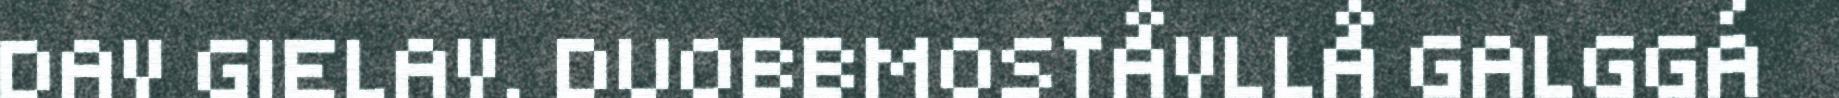
DAV GIELAV. DUOBBMOSTÅVLLÅ GALGGÁ